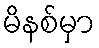
မိနစ်မှာ